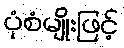
ပုံစံမျိုးဖြင့်